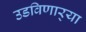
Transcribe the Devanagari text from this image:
उडविणार्‍या